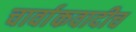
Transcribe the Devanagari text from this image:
चार्वाकवादीच